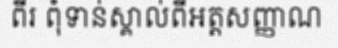
ពីរ ពុំទាន់ស្គាល់ពីអត្តសញ្ញាណ